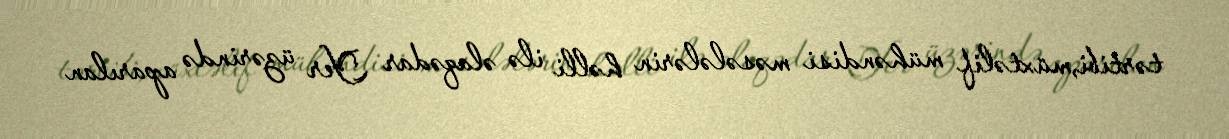
tərtibi,müxtəlif mühəndisi məsələlərin həlli ilə əlaqədar Yer üzərində aparılan